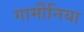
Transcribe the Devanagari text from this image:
गार्मीनिया